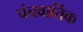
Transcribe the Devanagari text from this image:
पंचवार्तिक